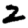
Digit: 2